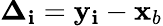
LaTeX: \boldsymbol{\Delta}_{\mathbf{i}}=\mathbf{{y}}_{\mathbf{i}}-\mathbf{{x}}_{b}